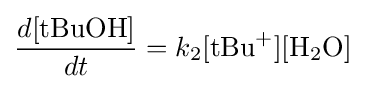
{\frac {d[{\text{tBuOH}}]}{dt}}=k_{2}[{\text{tBu}}^{+}][{\text{H}}_{2}{\text{O}}]